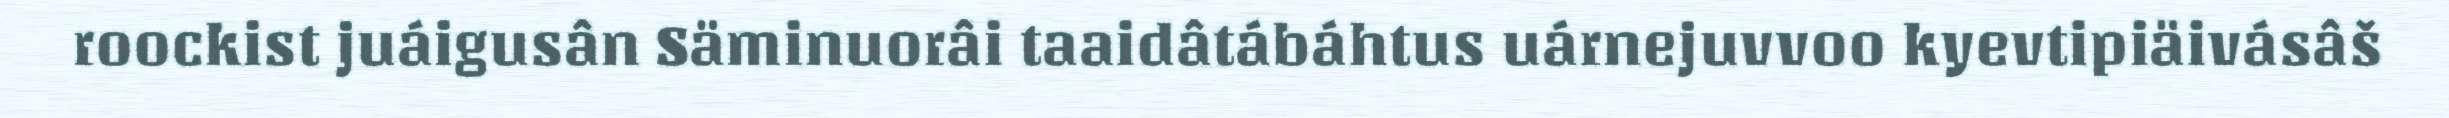
roockist juáigusân Säminuorâi taaidâtábáhtus uárnejuvvoo kyevtipiäivásâš